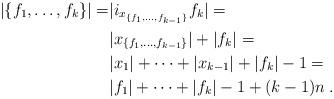
LaTeX: \begin{align*}|\{f_1,\ldots,f_{k}\}|= &|i_{x_{\{f_1,\ldots,f_{k-1}\}}}f_{k}|=\\&|x_{\{f_1,\ldots,f_{k-1}\}}|+|f_{k}|=\\&|x_1|+\cdots+ |x_{k-1}| + |f_{k}|-1=\\&|f_1|+\cdots+|f_{k}|-1+(k-1)n\;.\end{align*}